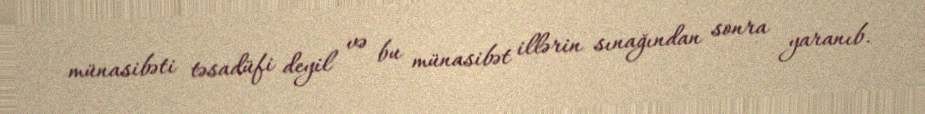
münasibəti təsadüfi deyil və bu münasibət illərin sınağından sonra yaranıb.